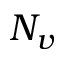
N _ { v }